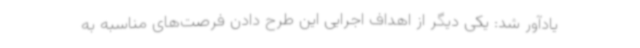
یادآور شد: یکی دیگر از اهداف اجرایی این طرح دادن فرصت‌های مناسبه به